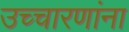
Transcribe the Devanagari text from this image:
उच्चारणांना